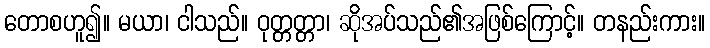
တောစဟူ၍။ မယာ၊ ငါသည်။ ဝုတ္တတ္တာ၊ ဆိုအပ်သည်၏အဖြစ်ကြောင့်။ တနည်းကား။